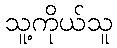
သူ့ကိုယ်သူ